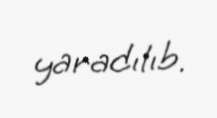
yaradılıb.